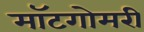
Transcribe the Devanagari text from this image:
मॉटगोमरी